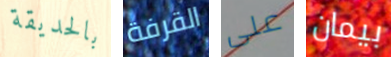
بالحديقة القرفة على بيمان